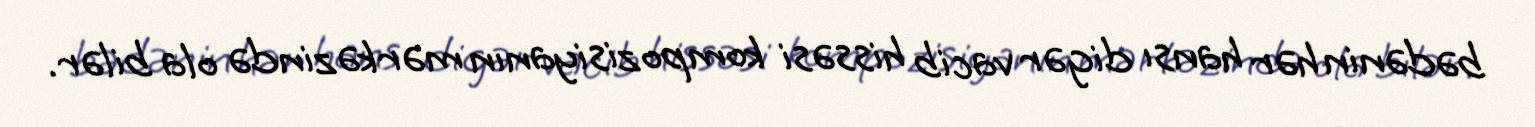
bədənin hər hansı digər vacib hissəsi kompozisiyanın mərkəzində ola bilər.